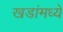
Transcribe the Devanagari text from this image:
खडांमध्ये